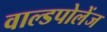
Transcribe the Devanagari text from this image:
वाल्डपोलेंज